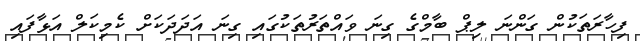
ފިހާރަތަކުން ގަންނަ ލިޕް ބާމްގެ ގިނަ ވައްތަރުތަކުގައި ގިނަ އަދަދަކަށް ކެމިކަލް އަޅާފައި